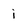
Character: i